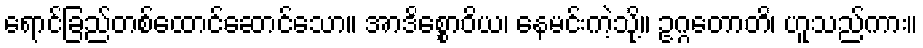
ရောင်ခြည်တစ်ထောင်ဆောင်သော။ အာဒိစ္စောဝိယ၊ နေမင်းကဲ့သို့။ ဥဂ္ဂတောတိ၊ ဟူသည်ကား။